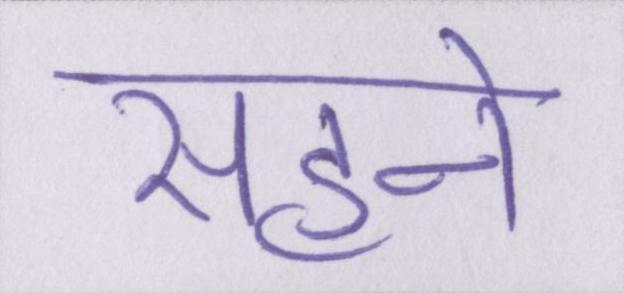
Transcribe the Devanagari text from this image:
सहने